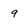
Character: 9